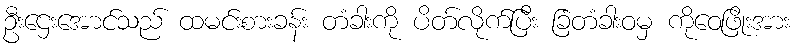
ဦးဌေးအောင်သည် ထမင်းစားခန်း တံခါးကို ပိတ်လိုက်ပြီး ခြံတံခါးဝမှ ကိုဝေဖြိုးအား